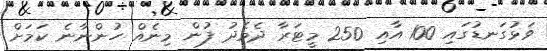
ވަޅުގަނޑުގައި 100 އާއި 250 މީޓަރާ ދެމެދު ފުން މިނެއް ހުންނާނެ ކަމަށް